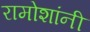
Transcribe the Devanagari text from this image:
रामोशांनी